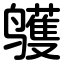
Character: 鹱